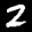
Label: 2